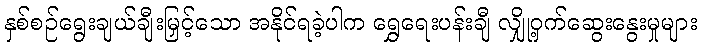
နှစ်စဉ်ရွေးချယ်ချီးမြှင့်သော အနိုင်ရခဲ့ပါက ရွှေရေးပန်းချီ လျှို့ဝှက်ဆွေးနွေးမှုများ